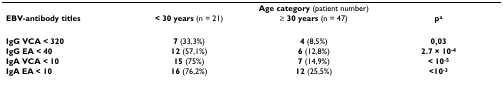
<table><thead><tr><td></td><td colspan="3"><b>Age category (patient number)</b></td></tr><tr><td><b>EBV-antibody titles</b></td><td><b>&lt; 30 years (n = 21)</b></td><td><b>≥ 30 years (n = 47)</b></td><td><b>p<sup>a</sup></b></td></tr></thead><tbody><tr><td><b>IgG VCA &lt; 320</b></td><td><b>7 </b>(33,3%)</td><td><b>4 </b>(8,5%)</td><td><b>0,03</b></td></tr><tr><td><b>IgG EA &lt; 40</b></td><td><b>12 </b>(57,1%)</td><td><b>6 </b>(12,8%)</td><td><b>2.7 × 10<sup>-4</sup></b></td></tr><tr><td><b>IgA VCA &lt; 10</b></td><td><b>15 </b>(75%)</td><td><b>7 </b>(14,9%)</td><td><b>&lt; 10<sup>-5</sup></b></td></tr><tr><td><b>IgA EA &lt; 10</b></td><td><b>16 </b>(76,2%)</td><td><b>12 </b>(25,5%)</td><td><b>&lt;10<sup>-3</sup></b></td></tr></tbody></table>